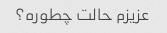
عزیزم حالت چطوره؟